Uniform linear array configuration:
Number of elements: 24
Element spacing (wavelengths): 0.75
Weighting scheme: cosine
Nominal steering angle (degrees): -45
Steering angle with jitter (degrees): -45.624
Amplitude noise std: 0.05
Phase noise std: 0.05

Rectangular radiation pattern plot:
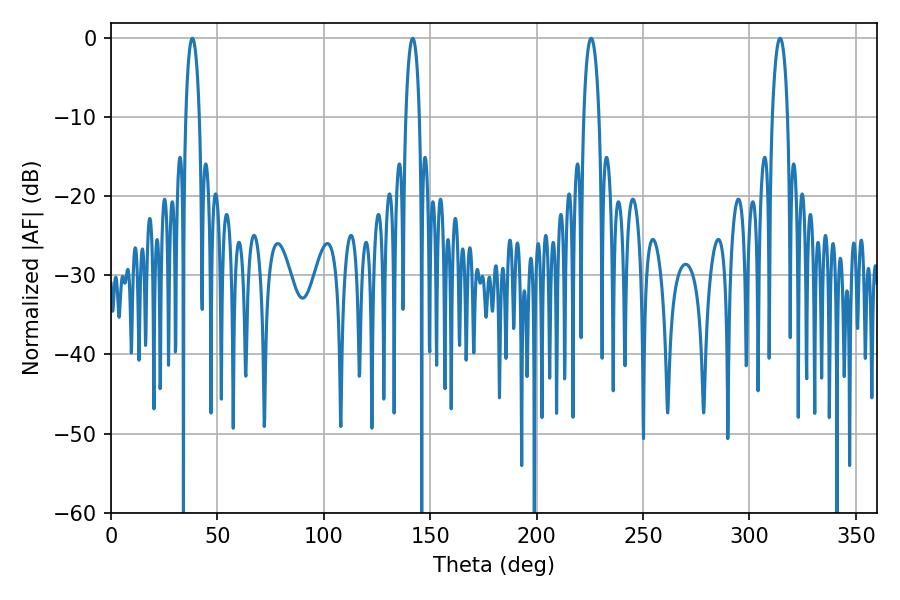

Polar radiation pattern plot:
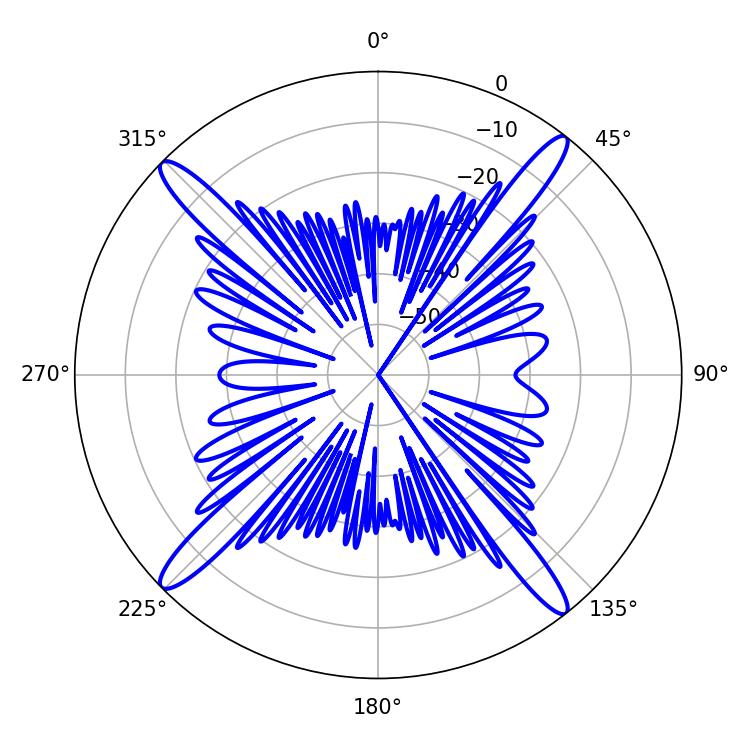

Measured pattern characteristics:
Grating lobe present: TRUE
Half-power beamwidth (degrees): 4.14
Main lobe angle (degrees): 225.54